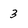
Character: 3